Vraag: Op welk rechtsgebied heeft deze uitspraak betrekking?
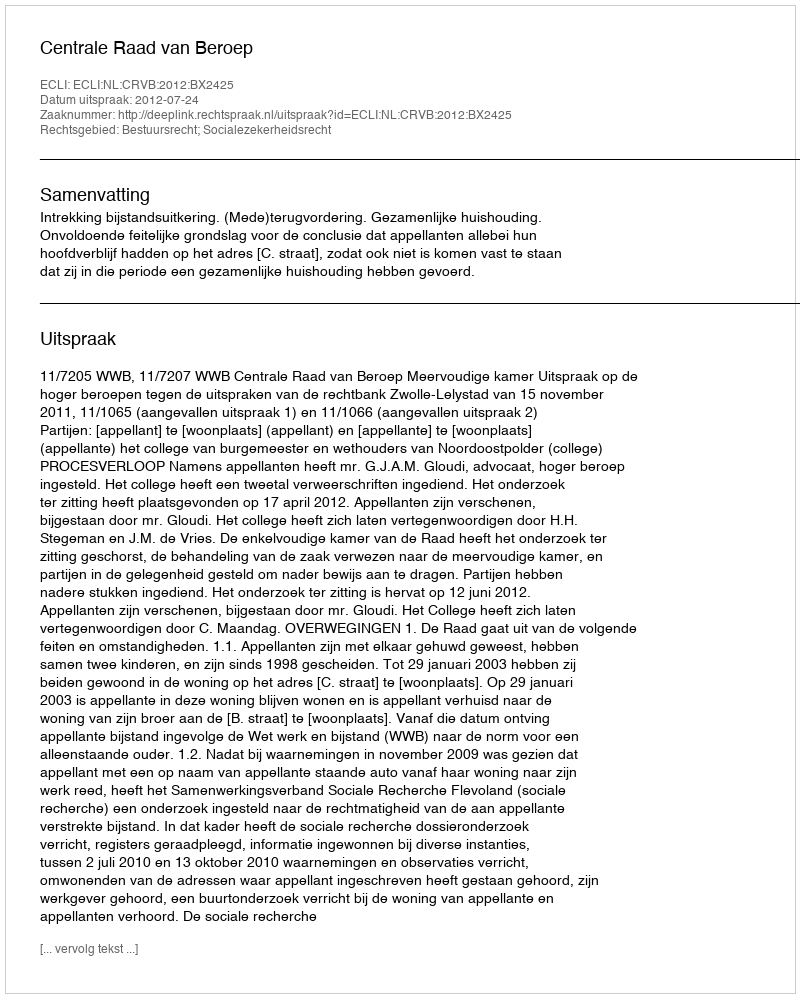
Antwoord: Bestuursrecht; Socialezekerheidsrecht